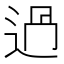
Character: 𨒵